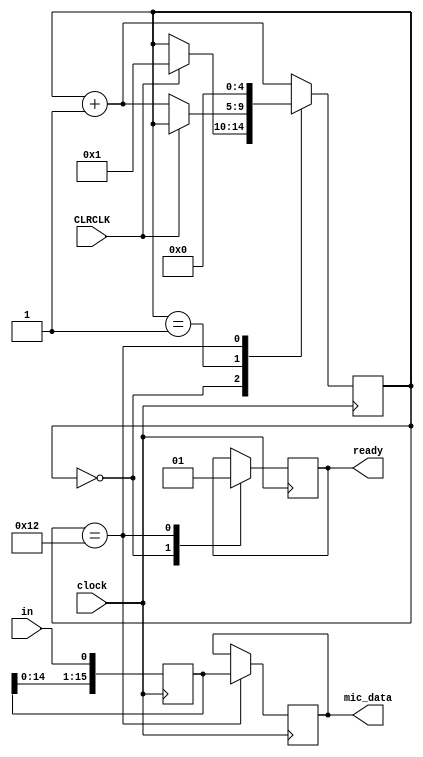
// This program was cloned from: https://github.com/n1gp/Anvelina_PROIII
// License: GNU General Public License v3.0





//  TLV320 is in I2S mode.
module mic_I2S ( 	input clock, 
						input CLRCLK,
						input in, 
						output reg[15:0]mic_data, 
						output reg ready);

reg [4:0] TX_state;
reg [15:0] Tx_q;

always @ (posedge clock)
begin 
 		
		Tx_q[15:0] <= {Tx_q[14:0], in};			// shift current TLV320 data left and add next bit
		
case (TX_state)

5'd0:		begin
				ready <= 0;
				if(CLRCLK) TX_state <= 5'd1;				// loop until TX_LRCLK is high so we grab the correct samples for line in.
			end
		
5'd1:		if(!CLRCLK) TX_state <= TX_state + 1'b1; 	// loop until TX_LRCLK is low

5'd18:	begin
				mic_data <= Tx_q;								// microphone or line data
				ready <= 1'b1;
				TX_state <= 5'd0;							 
			end

default:TX_state <= TX_state + 1'b1;
endcase
end  

endmodule